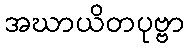
အဃာယိတပုဗ္ဗာ